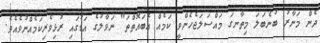
ދެން މަނާރު ބުނެބަލަ މިތާނގަ މައްސަލަޖެހެންވީ ކަމެއް އެބައޮތްތަ" ނަވާލުގެ އަޑުގައި ރުޅިވެރިކަމެއްނުވެއެވެ.